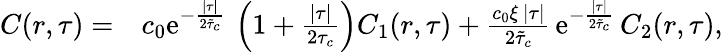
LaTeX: \begin{array}{rl}{C(r,\tau)=}&{c_{0}\mathrm{e}^{-\frac{\lvert\tau\rvert}{2\tilde{\tau}_{c}}}\, \left(1+\frac{\lvert\tau\rvert}{2\tau_{c}}\right)C_{1}(r,\tau)+\frac{c_{0}\xi\, \lvert\tau\rvert}{2\tilde{\tau}_{c}}\, \mathrm{e}^{-\frac{\lvert\tau\rvert}{2\tilde{\tau}_{c}}}\, C_{2}(r,\tau),}\end{array}